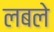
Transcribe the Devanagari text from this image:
लबले